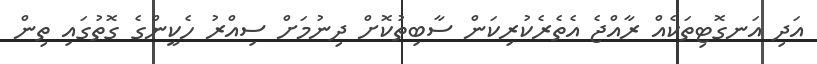
އަދި އަނގޮޓިތަކެއް ރާއްޖެ އެތެރެކުރިކަން ސާބިތުކޮށް ދިނުމަށް ސިއްރު ހެކީންގެ ގޮތުގައި ތިން